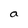
Character: a